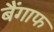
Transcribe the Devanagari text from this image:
बैंगाफ